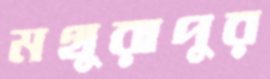
মথুরাপুর